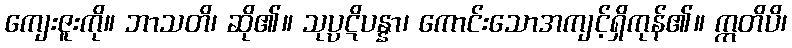
ကျေးဇူးကို။ ဘာသတိ၊ ဆို၏။ သုပ္ပဋိပန္နာ၊ ကောင်းသောအကျင့်ရှိကုန်၏။ ဣတိပိ၊